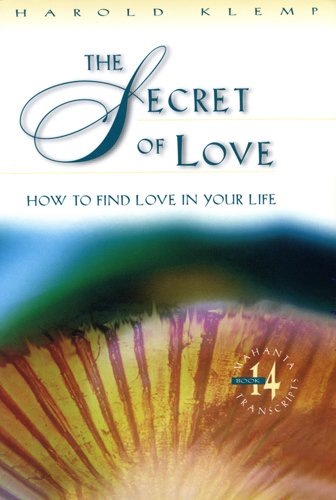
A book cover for The Secret of Love: Mahanta Transcripts, Book 14; Harold Klemp; Religion & Spirituality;